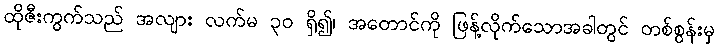
ထိုဇီးကွက်သည် အလျား လက်မ ၃၀ ရှိ၍၊ အတောင်ကို ဖြန့်လိုက်သောအခါတွင် တစ်စွန်းမှ